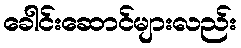
ခေါင်းဆောင်များလည်း